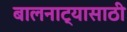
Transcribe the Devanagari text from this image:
बालनाट्यासाठी